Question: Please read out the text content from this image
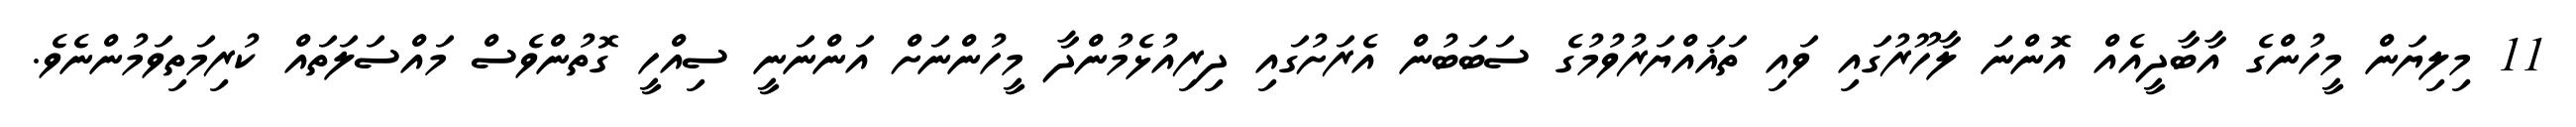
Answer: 11 މިލިޔަން މީހުންގެ އާބާދީއެއް އޮންނަ ލާހޫރުގައި ވައި ތަޣައްޔަރުވުމުގެ ސަބަބުން އެރަށުގައި ދިރިއުޅެމުންދާ މީހުންނަށް އަންނަނީ ސިއްހީ ގޮތުންވެސް މައްސަލަތައް ކުރިމަތިވަމުންނެވެ.